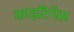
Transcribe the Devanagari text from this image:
काइटिनेस